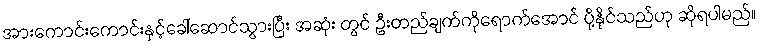
အားကောင်းကောင်းနှင့်ခေါ်ဆောင်သွားပြီး အဆုံး တွင် ဦးတည်ချက်ကိုရောက်အောင် ပို့နိုင်သည်ဟု ဆိုရပါမည်။